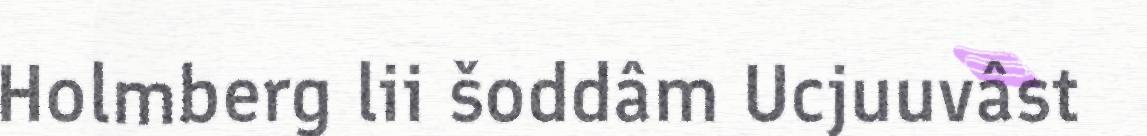
Holmberg lii šoddâm Ucjuuvâst